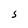
Character: S